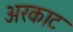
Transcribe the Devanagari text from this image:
अरकाट